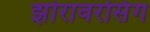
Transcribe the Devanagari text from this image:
झोरावरसिंग